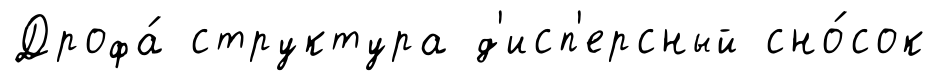
Дрофа́ структура д'исп'ерсный сно́сок